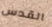
القدس